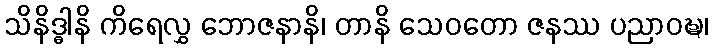
သိနိဒ္ဓါနိ ကိရေလွှ ဘောဇနာနိ၊ တာနိ သေဝတော ဇနဿ ပညာဝဍ္ဎ၊